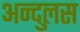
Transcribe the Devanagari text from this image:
अन्दुलस